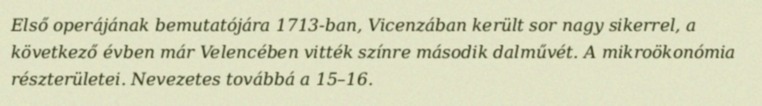
Első operájának bemutatójára 1713-ban, Vicenzában került sor nagy sikerrel, a következő évben már Velencében vitték színre második dalművét. A mikroökonómia részterületei. Nevezetes továbbá a 15–16.